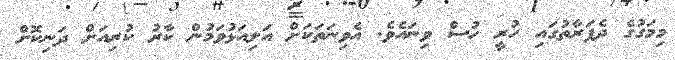
މިމަގުގެ ދެފަރާތުގައި ހުރީ ހުސް ވިނައެވެ. އެވިނަތަކަށް އަލިއަޅުވަމުން ކާރު ކުރިއަށް ދަނިކޮށް